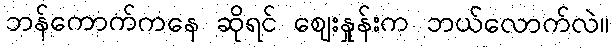
ဘန်ကောက်ကနေ ဆိုရင် ဈေးနှုန်းက ဘယ်လောက်လဲ။